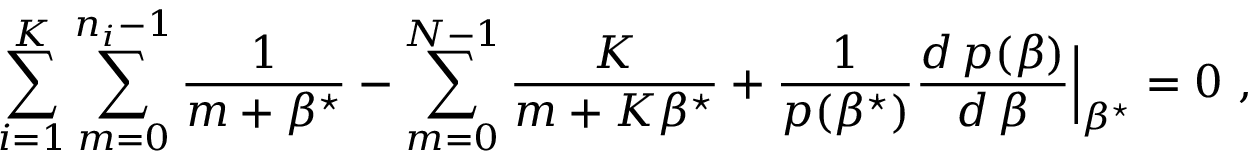
\sum _ { i = 1 } ^ { K } \sum _ { m = 0 } ^ { n _ { i } - 1 } \frac { 1 } { m + \beta ^ { \star } } - \sum _ { m = 0 } ^ { N - 1 } \frac { K } { m + K \beta ^ { \star } } + \frac { 1 } { { p } ( \beta ^ { \star } ) } \frac { d \, { p } ( \beta ) } { d \, \beta } \Big | _ { \beta ^ { \star } } = 0 ~ ,